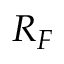
R _ { F }